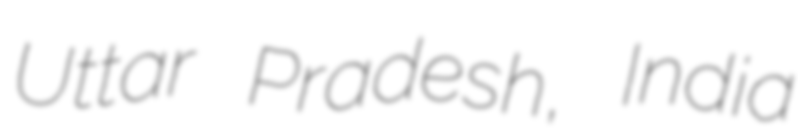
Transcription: Uttar Pradesh, India